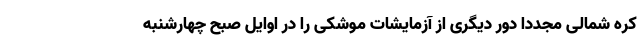
کره شمالی مجددا دور دیگری از آزمایشات موشکی را در اوایل صبح چهارشنبه